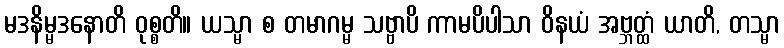
မဒနိမ္မဒနောတိ ဝုစ္စတိ။ ယသ္မာ စ တမာဂမ္မ သဗ္ဗာပိ ကာမပိပါသာ ဝိနယံ အဗ္ဘတ္ထံ ယာတိ, တသ္မာ